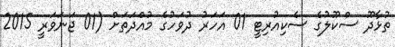
ތުޅާދޫ ސްކޫލުގެ ސެކިއުރިޓީ 01 އަހަރު ދުވަހުގެ މުއްދަތަށް (01 ޖަނަވަރީ 2015